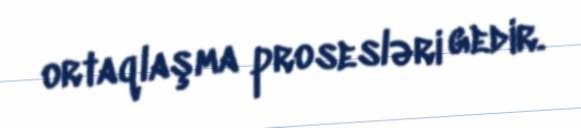
ortaqlaşma prosesləri gedir.